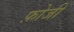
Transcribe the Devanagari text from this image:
फ़ोजी